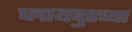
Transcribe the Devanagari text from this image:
प्लायवुडच्या